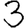
Digit: 3